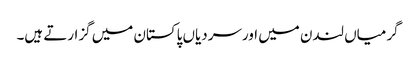
گرمیاں لندن میں اورسردیاں پاکستان میں گزارتے ہیں۔